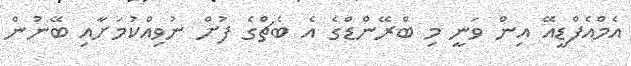
އެމްއެފްޑީއޭ އިން ވަނީ މި ބްރޭންޑްގެ އެ ބެޗްގެ ފުށް ނުވިއްކުމަށާއި ބޭނުން